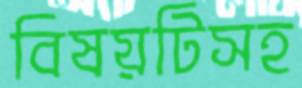
বিষয়টিসহ